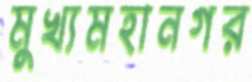
মুখ্যমহানগর